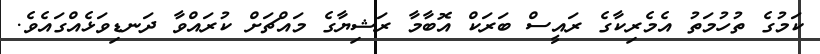
ކަމުގެ ތުހުމަތު އެމެރިކާގެ ރައީސް ބަރަކް އޮބާމާ ރަޝިޔާގެ މައްޗަށް ކުރައްވާ ދަނޑިވަޅެއްގައެވެ.